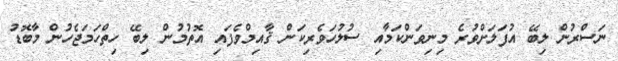
ނަސްރުން ލިބޭ އުފަލަށްވުރެ މިނިވަންކަމާއި ސުލުހަވެރިކަން ޤާއިމްވެފައި އޮތުމުން ލިބޭ ހިތްހަމަޖެހުން މާބޮޑު